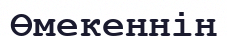
Өмекеңнің